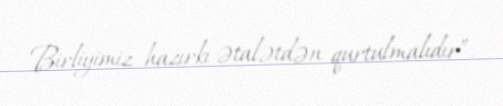
Birliyimiz hazırkı ətalətdən qurtulmalıdır”.